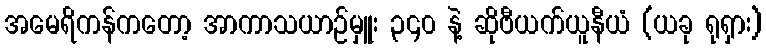
အမေရိကန်ကတော့ အာကာသယာဉ်မှူး ၃၄၀ နဲ့ ဆိုဗီယက်ယူနီယံ (ယခု ရုရှား)